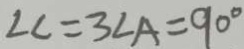
\angle C = 3 \angle A = 9 0 ^ { \circ }